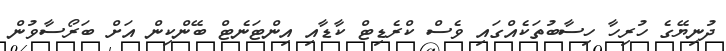
ދުނިޔޭގެ ހުރިހާ ހިސާބުތަކެއްގައި ވެސް ކްރެޑިޓް ކާޑާއި އިންޓަނެޓް ބޭންކިން އަށް ބަރޯސާވުން